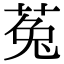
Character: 菟